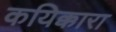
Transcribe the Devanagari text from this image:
कयिक्कारा